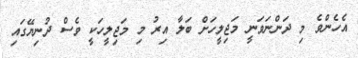
އެހެންވެ މި ދަންނަވަނީ މަޖިލީހަށް ބަލާ އިރު މި މަޖިލީހަކީ ވެސް ދުނިޔޭގައި